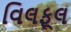
વિલફૂલ